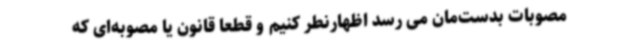
مصوبات بدست‌مان می رسد اظهارنطر کنیم و قطعا قانون یا مصوبه‌ای که